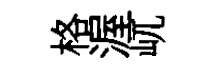
格渥屼